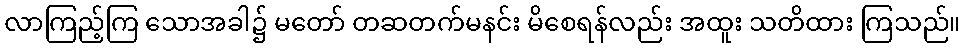
လာကြည့်ကြ သောအခါ၌ မတော် တဆတက်မနင်း မိစေရန်လည်း အထူး သတိထား ကြသည်။